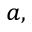
^ { a , }